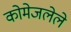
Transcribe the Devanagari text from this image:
कोमेजलेले